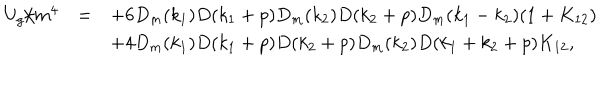
\begin{array} { r c l } { { U _ { g } / m ^ { 4 } } } & { { = } } & { { \displaystyle + 6 D _ { m } ( k _ { 1 } ) D ( k _ { 1 } + p ) D _ { m } ( k _ { 2 } ) D ( k _ { 2 } + p ) D _ { m } ( k _ { 1 } - k _ { 2 } ) ( 1 + K _ { 1 2 } ) } } \\ { { } } & { { } } & { { \displaystyle + 4 D _ { m } ( k _ { 1 } ) D ( k _ { 1 } + p ) D ( k _ { 2 } + p ) D _ { m } ( k _ { 2 } ) D ( k _ { 1 } + k _ { 2 } + p ) K _ { 1 2 } , } } \\ \end{array}